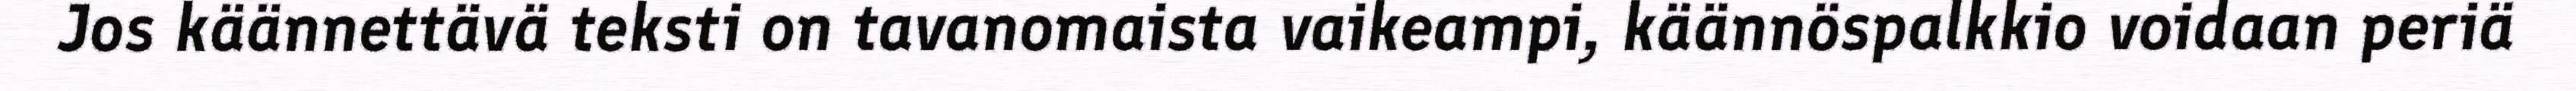
Jos käännettävä teksti on tavanomaista vaikeampi, käännöspalkkio voidaan periä